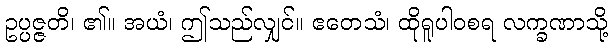
ဥပ္ပဇ္ဇတိ၊ ၏။ အယံ၊ ဤသည်လျှင်။ ဧတေသံ၊ ထိုရူပါဝစရ လက္ခဏာသို့